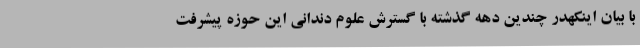
با بیان اینکهدر چندین دهه گذشته با گسترش علوم دندانی این حوزه پیشرفت